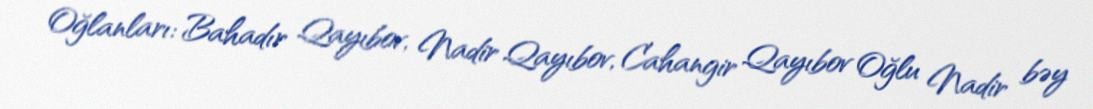
Oğlanları: Bahadır Qayıbov, Nadir Qayıbov, Cahangir Qayıbov Oğlu Nadir bəy